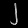
Digit: ၂